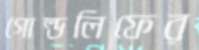
গোল্ডলিফের